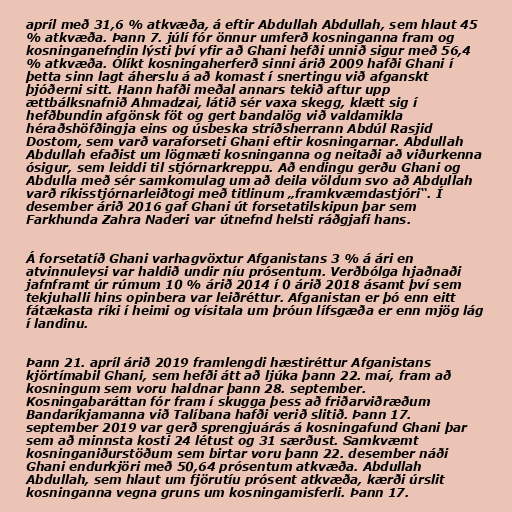
apríl með 31,6 % atkvæða, á eftir Abdullah Abdullah, sem hlaut 45
% atkvæða. Þann 7. júlí fór önnur umferð kosninganna fram og
kosninganefndin lýsti því yfir að Ghani hefði unnið sigur með 56,4
% atkvæða. Ólíkt kosningaherferð sinni árið 2009 hafði Ghani í
þetta sinn lagt áherslu á að komast í snertingu við afganskt
þjóðerni sitt. Hann hafði meðal annars tekið aftur upp
ættbálksnafnið Ahmadzai, látið sér vaxa skegg, klætt sig í
hefðbundin afgönsk föt og gert bandalög við valdamikla
héraðshöfðingja eins og úsbeska stríðsherrann Abdúl Rasjid
Dostom, sem varð varaforseti Ghani eftir kosningarnar. Abdullah
Abdullah efaðist um lögmæti kosninganna og neitaði að viðurkenna
ósigur, sem leiddi til stjórnarkreppu. Að endingu gerðu Ghani og
Abdulla með sér samkomulag um að deila völdum svo að Abdullah
varð ríkisstjórnarleiðtogi með titlinum „framkvæmdastjóri“. Í
desember árið 2016 gaf Ghani út forsetatilskipun þar sem
Farkhunda Zahra Naderi var útnefnd helsti ráðgjafi hans.

Á forsetatíð Ghani varhagvöxtur Afganistans 3 % á ári en
atvinnuleysi var haldið undir níu prósentum. Verðbólga hjaðnaði
jafnframt úr rúmum 10 % árið 2014 í 0 árið 2018 ásamt því sem
tekjuhalli hins opinbera var leiðréttur. Afganistan er þó enn eitt
fátækasta ríki í heimi og vísitala um þróun lífsgæða er enn mjög lág
í landinu.

Þann 21. apríl árið 2019 framlengdi hæstiréttur Afganistans
kjörtímabil Ghani, sem hefði átt að ljúka þann 22. maí, fram að
kosningum sem voru haldnar þann 28. september.
Kosningabaráttan fór fram í skugga þess að friðarviðræðum
Bandaríkjamanna við Talíbana hafði verið slitið. Þann 17.
september 2019 var gerð sprengjuárás á kosningafund Ghani þar
sem að minnsta kosti 24 létust og 31 særðust. Samkvæmt
kosninganiðurstöðum sem birtar voru þann 22. desember náði
Ghani endurkjöri með 50,64 prósentum atkvæða. Abdullah
Abdullah, sem hlaut um fjörutíu prósent atkvæða, kærði úrslit
kosninganna vegna gruns um kosningamisferli. Þann 17.